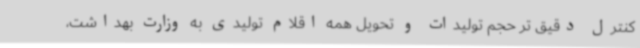
کنترل دقیق تر حجم تولیدات و تحویل همه اقلام تولیدی به وزارت بهداشت،